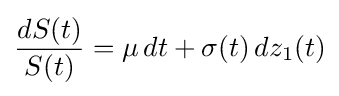
{\frac {dS(t)}{S(t)}}=\mu \,dt+\sigma (t)\,dz_{1}(t)